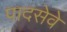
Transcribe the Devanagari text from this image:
पादसेवे